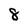
Character: 8